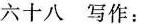
六十八 写作：